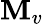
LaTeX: \mathbf{M}_{v}